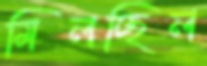
মিলচ্ছিল